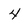
Character: 4